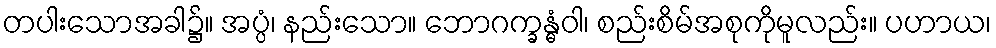
တပါးသောအခါ၌။ အပ္ပံ၊ နည်းသော။ ဘောဂက္ခန္ဓံဝါ၊ စည်းစိမ်အစုကိုမူလည်း။ ပဟာယ၊